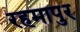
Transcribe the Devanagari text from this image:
रहमापुर